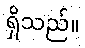
ရှိသည်။